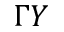
\Gamma Y